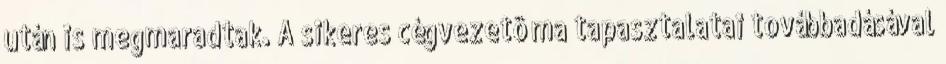
után is megmaradtak. A sikeres cégvezetô ma tapasztalatai továbbadásával